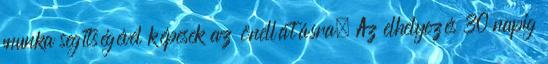
munka segítségével képesek az önellátásra. Az elhelyezés 30 napig